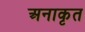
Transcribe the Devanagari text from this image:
अनाकृत